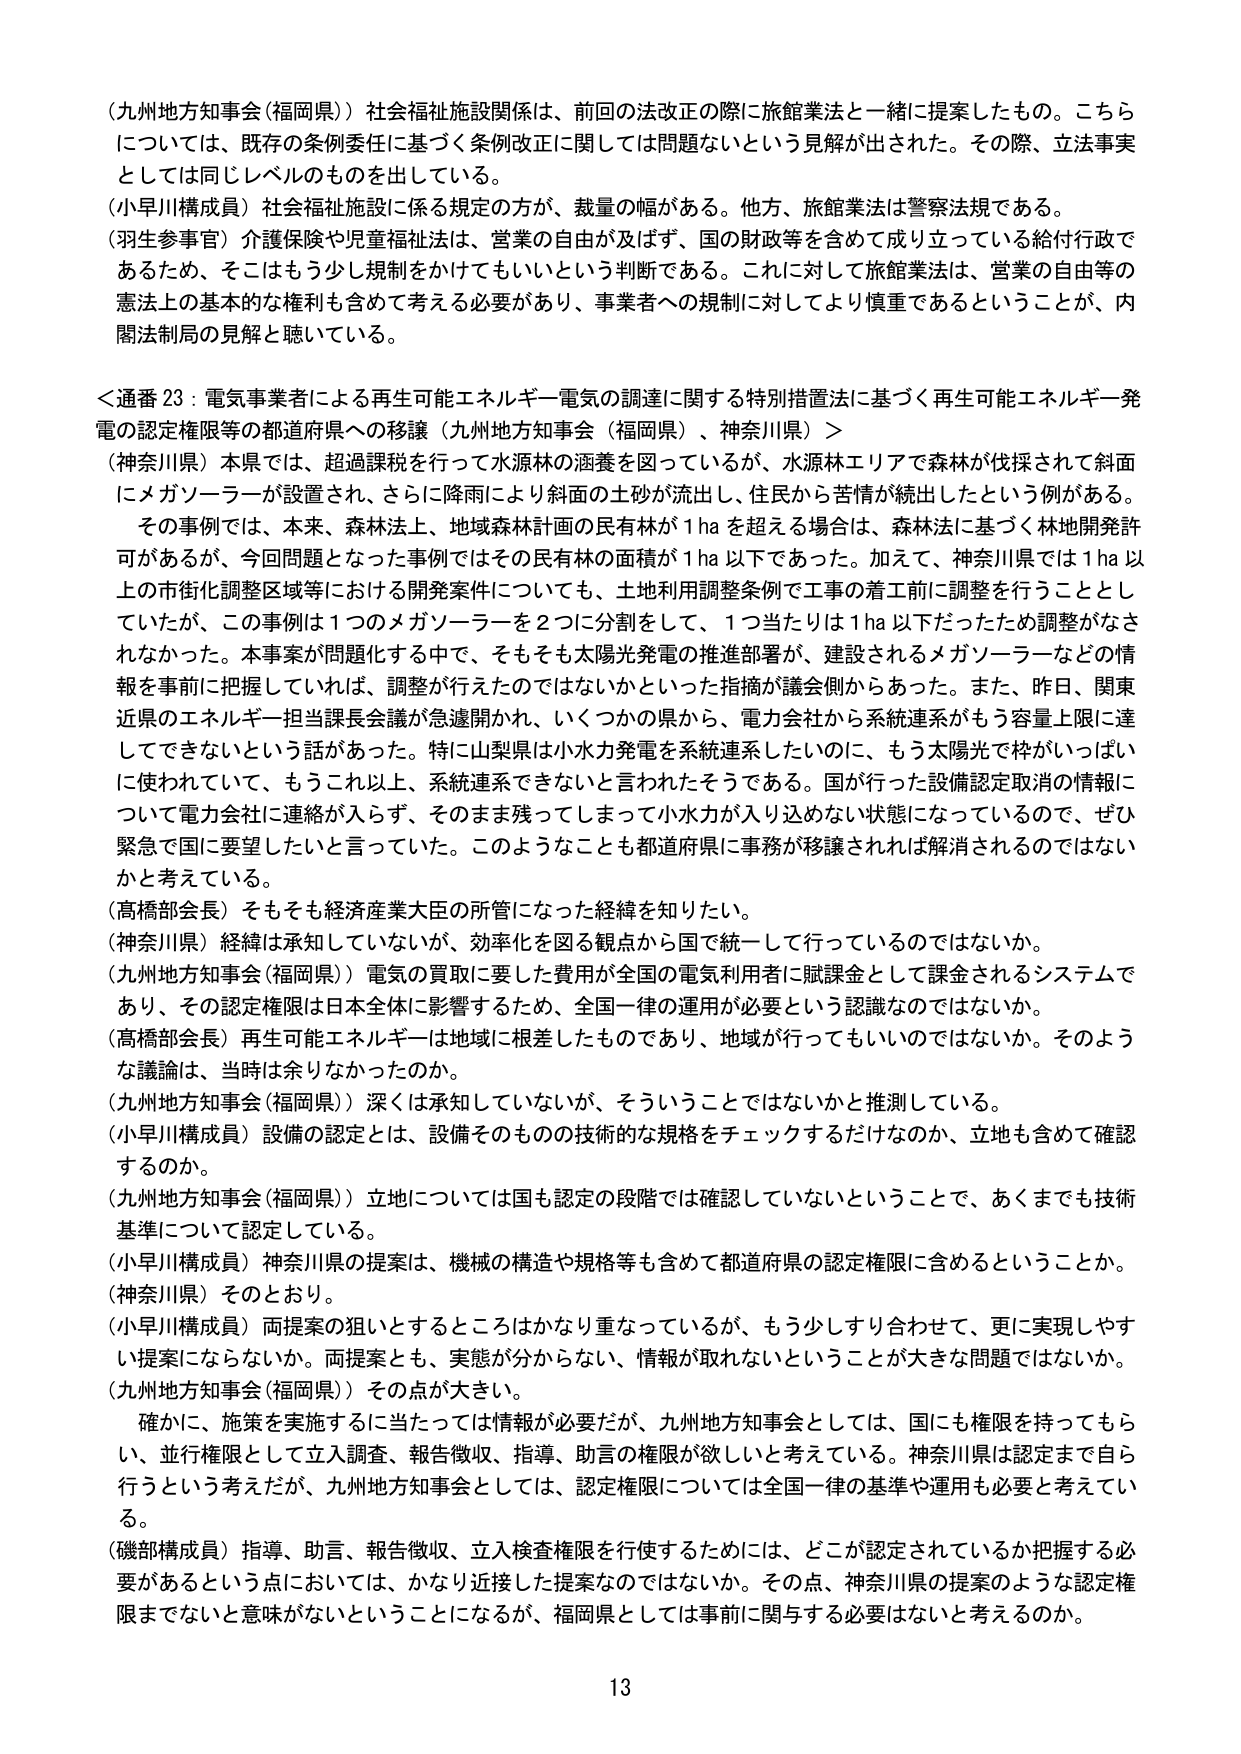
（九州地方知事会（福岡県））社会福祉施設関係は、前回の法改正の際に旅館業法と一緒に提案したもの。こちらについては、既存の条例委任に基づく条例改正に関しては問題ないという見解が出された。その際、立法事実としては同じレベルのものを出している。

（小早川構成員）社会福祉施設に係る規定の方が、裁量の幅がある。他方、旅館業法は警察法規である。

（羽生参事官）介護保険や児童福祉法は、営業の自由が及ばず、国の財政等を含めて成り立っている給付行政であるため、そこはもう少し規制をかけてもいいという判断である。これに対して旅館業法は、営業の自由等の憲法上の基本的な権利も含めて考える必要があり、事業者への規制に対してより慎重であるということが、内閣法制局の見解と聴いている。

＜通番 23：電気事業者による再生可能エネルギー電気の調達に関する特別措置法に基づく再生可能エネルギー発電の認定権限等の都道府県への移譲（九州地方知事会（福岡県）、神奈川県）＞

（神奈川県）本県では、超過課税を行って水源林の涵養を図っているが、水源林エリアで森林が伐採されて斜面にメガソーラーが設置され、さらに降雨により斜面の土砂が流出し、住民から苦情が続出したという例がある。

その事例では、本来、森林法上、地域森林計画の民有林が1haを超える場合は、森林法に基づく林地開発許可があるが、今回問題となった事例ではその民有林の面積が1ha以下であった。加えて、神奈川県では1ha以上の市街化調整区域等における開発案件についても、土地利用調整条例で工事の着工前に調整を行うこととしていたが、この事例は1つのメガソーラーを2つに分割をして、1つ当たりは1ha以下だったため調整がなされなかった。本事案が問題化する中で、そもそも太陽光発電の推進部署が、建設されるメガソーラーなどの情報を事前に把握していれば、調整が行えたのではないかといった指摘が議会側からあった。また、昨日、関東近県のエネルギー担当課長会議が急遽開かれ、いくつかの県から、電力会社から系統連系がもう容量上限に達してできないという話があった。特に山梨県は小水力発電を系統連系したいのに、もう太陽光で枠がいっぱいに使われていて、もうこれ以上、系統連系できないと言われたそうである。国が行った設備認定取消の情報について電力会社に連絡が入らず、そのまま残ってしまって小水力が入り込めない状態になっているので、ぜひ緊急で国に要望したいと言っていた。このようなことも都道府県に事務が移譲されれば解消されるのではないかと考えている。

（高橋部会長）そもそも経済産業大臣の所管になった経緯を知りたい。

（神奈川県）経緯は承知していないが、効率化を図る観点から国で統一して行っているのではないか。

（九州地方知事会（福岡県））電気の買取に要した費用が全国の電気利用者に賦課金として課金されるシステムであり、その認定権限は日本全体に影響するため、全国一律の運用が必要という認識なのではないか。

（高橋部会長）再生可能エネルギーは地域に根差したものであり、地域が行ってもいいのではないか。そのような議論は、当時は余りなかったのか。

（九州地方知事会（福岡県））深くは承知していないが、そういうことではないかと推測している。

（小早川構成員）設備の認定とは、設備そのものの技術的な規格をチェックするだけなのか、立地も含めて確認するのか。

（九州地方知事会（福岡県））立地については国も認定の段階では確認していないということで、あくまでも技術基準について認定している。

（小早川構成員）神奈川県の提案は、機械の構造や規格等も含めて都道府県の認定権限に含めるということか。

（神奈川県）そのとおり。

（小早川構成員）両提案の狙いとするところはかなり重なっているが、もう少しすり合わせて、更に実現しやすい提案にならないか。両提案とも、実態が分からない、情報が取れないということが大きな問題ではないか。

（九州地方知事会（福岡県））その点が大きい。

確かに、施策を実施するに当たっては情報が必要だが、九州地方知事会としては、国にも権限を持ってもらい、並行権限として立入調査、報告徴収、指導、助言の権限が欲しいと考えている。神奈川県は認定まで自ら行うという考えだが、九州地方知事会としては、認定権限については全国一律の基準や運用も必要と考えている。

（磯部構成員）指導、助言、報告徴収、立入検査権限を行使するためには、どこが認定されているか把握する必要があるという点においては、かなり接近した提案なのではないか。その点、神奈川県の提案のような認定権限までないと意味がないということになるが、福岡県としては事前に関与する必要はないと考えるのか。

13